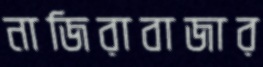
নাজিরাবাজার